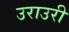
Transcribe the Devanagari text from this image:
उराउरी